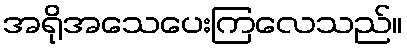
အရိုအသေပေးကြလေသည်။